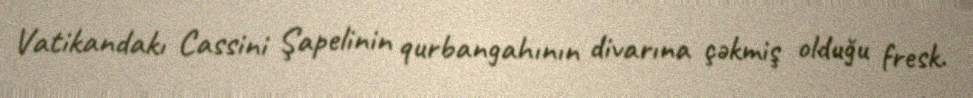
Vatikandakı Cassini Şapelinin qurbangahının divarına çəkmiş olduğu fresk.